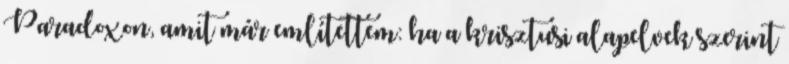
Paradoxon, amit már említettem: ha a krisztusi alapelvek szerint